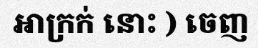
អាក្រក់ នោះ ) ចេញ